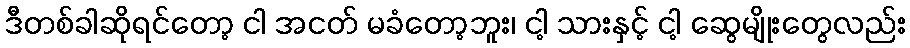
ဒီတစ်ခါဆိုရင်တော့ ငါ အငတ် မခံတော့ဘူး၊ ငါ့ သားနှင့် ငါ့ ဆွေမျိုးတွေလည်း